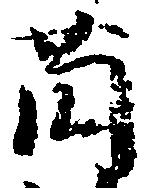
薗